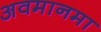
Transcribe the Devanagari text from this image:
अवमानमा